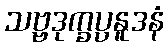
သဗ္ဗဒုက္ခပ္ပနူဒနံ